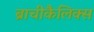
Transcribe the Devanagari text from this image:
ब्राचीकैलिक्स